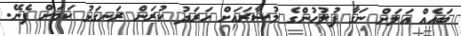
ބައެއް އަލަށް ނަގާ ފުލުހުންގެ މުސާރައަށް ހަރަދު ކުރަން ރަނގަޅު ކަމަށް ފެނޭ.